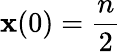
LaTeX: \mathbf{x}(0)=\frac{{n}}{{2}}